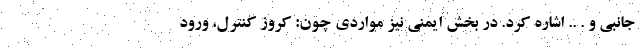
جانبی و . .. اشاره کرد. در بخش ایمنی نیز مواردی چون: کروز کنترل، ورود